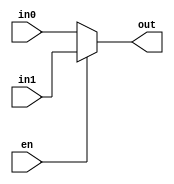
module muxFor24bit(in0, in1, en, out);

	input[23: 0] in0;
	input[23: 0] in1;
	input en;
	output [23: 0] out;
	assign out = en ? in1: in0;
endmodule